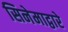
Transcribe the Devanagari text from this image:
सिनेमाद्वारे